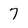
Character: 7